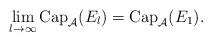
LaTeX: \begin{align*} \lim_{l \to \infty} \mbox{Cap}_{\mathcal{A}} (E_l ) = \mbox{Cap}_{\mathcal{A}} (E_1 ). \end{align*}